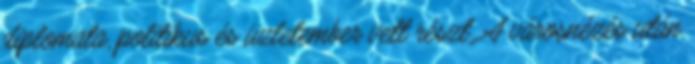
diplomata, politikus és üzletember vett részt. A városnézés után